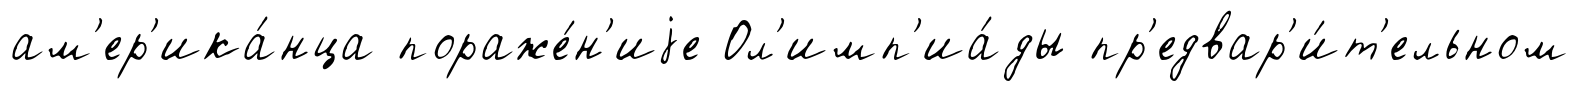
ам'ер'ика́нца пораже́н'иjе Ол'имп'иа́ды пр'едвар'и́т'ельном